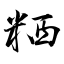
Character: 粞